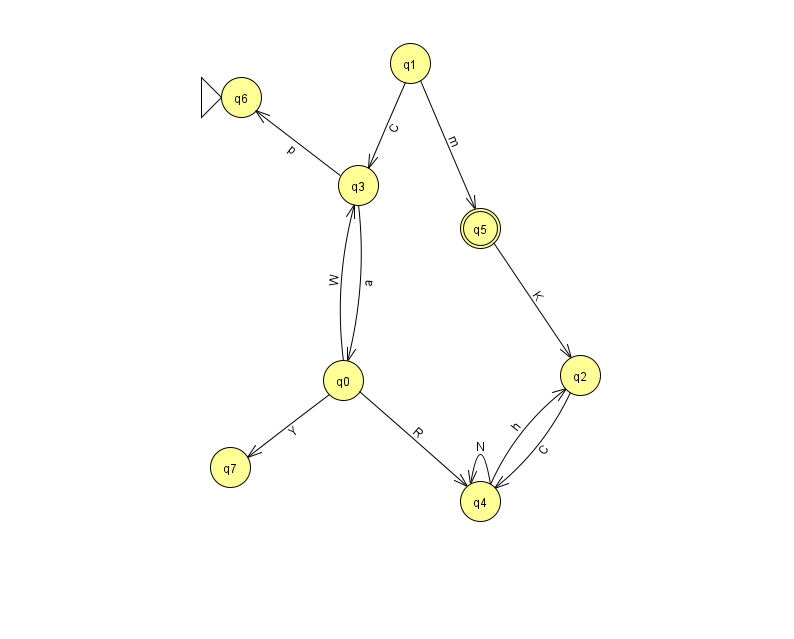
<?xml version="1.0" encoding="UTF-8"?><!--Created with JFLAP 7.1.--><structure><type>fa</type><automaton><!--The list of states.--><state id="0" name="q0"><x>343.0</x><y>367.0</y></state><state id="1" name="q1"><x>410.0</x><y>50.0</y></state><state id="2" name="q2"><x>580.0</x><y>362.0</y></state><state id="3" name="q3"><x>358.0</x><y>172.0</y></state><state id="4" name="q4"><x>480.0</x><y>488.0</y></state><state id="5" name="q5"><x>480.0</x><y>215.0</y><final/></state><state id="6" name="q6"><x>241.0</x><y>84.0</y><initial/></state><state id="7" name="q7"><x>230.0</x><y>454.0</y></state><!--The list of transitions.--><transition><from>0</from><to>7</to><read>Y</read></transition><transition><from>1</from><to>3</to><read>C</read></transition><transition><from>1</from><to>5</to><read>m</read></transition><transition><from>4</from><to>2</to><read>h</read></transition><transition><from>3</from><to>0</to><read>a</read></transition><transition><from>5</from><to>2</to><read>K</read></transition><transition><from>0</from><to>4</to><read>R</read></transition><transition><from>2</from><to>4</to><read>C</read></transition><transition><from>3</from><to>6</to><read>p</read></transition><transition><from>0</from><to>3</to><read>W</read></transition><transition><from>4</from><to>4</to><read>N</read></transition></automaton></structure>